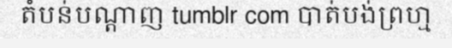
តំបន់បណ្តាញ tumblr com បាត់បង់ព្រហ្ម